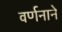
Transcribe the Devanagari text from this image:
वर्णनाने